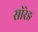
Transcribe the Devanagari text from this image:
सोरेङ